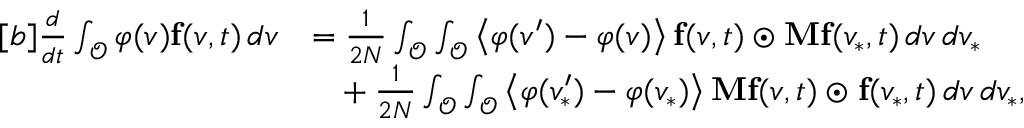
\begin{array} { r } { \begin{array} { r l } { [ b ] \frac { d } { d t } \int _ { \mathcal { O } } \varphi ( v ) \mathbf { f } ( v , t ) \, d v } & { = \frac { 1 } { 2 N } \int _ { \mathcal { O } } \int _ { \mathcal { O } } \left\langle \varphi ( v ^ { \prime } ) - \varphi ( v ) \right\rangle \mathbf { f } ( v , t ) \odot \mathbf { M } \mathbf { f } ( v _ { \ast } , t ) \, d v \, d v _ { \ast } } \\ & { \phantom { = } + \frac { 1 } { 2 N } \int _ { \mathcal { O } } \int _ { \mathcal { O } } \left\langle \varphi ( v _ { \ast } ^ { \prime } ) - \varphi ( v _ { \ast } ) \right\rangle \mathbf { M } \mathbf { f } ( v , t ) \odot \mathbf { f } ( v _ { \ast } , t ) \, d v \, d v _ { \ast } , } \end{array} } \end{array}